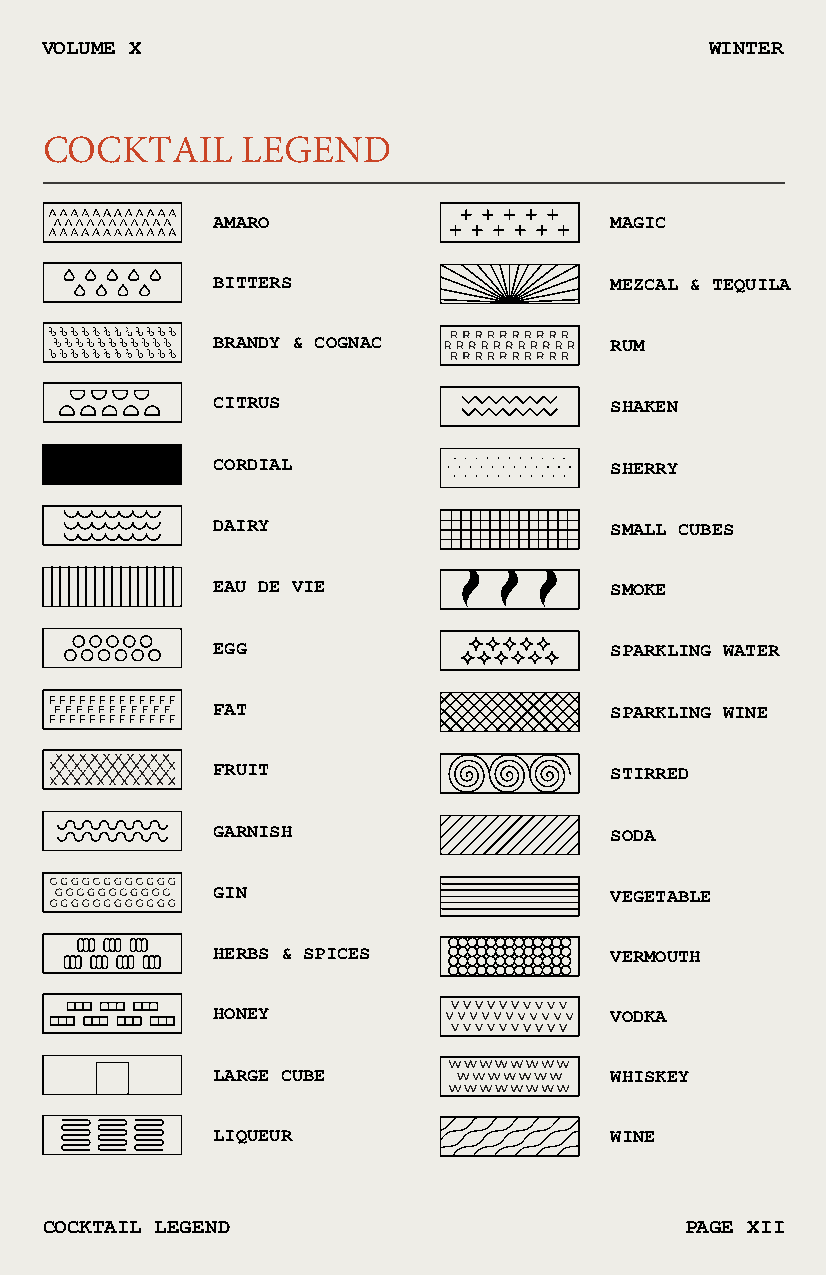
VOLUME X                                    WINTER
 COCKTAIL     LEGEND
 AMARO                     MAGIC
 BITTERS                   MEZCAL & TEQUILA
 BRANDY & COGNAC           RUM
 CITRUS                    SHAKEN
 CORDIAL                   SHERRY
 DAIRY                     SMALL CUBES
 EAU DE VIE                SMOKE
 EGG                       SPARKLING WATER
 FAT                       SPARKLING WINE
 FRUIT                     STIRRED
 GARNISH                   SODA
 GIN                       VEGETABLE
 HERBS & SPICES            VERMOUTH
 HONEY                     VODKA
 LARGE CUBE                WHISKEY
 LIQUEUR                   WINE
 COCKTAIL LEGEND                           PAGE XII